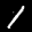
Label: 1